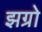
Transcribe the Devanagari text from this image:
झग्रो